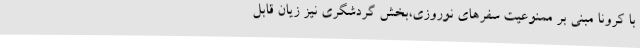
با کرونا مبنی بر ممنوعیت سفرهای نوروزی،بخش گردشگری نیز زیان‌ قابل